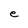
Character: e